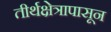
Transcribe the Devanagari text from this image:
तीर्थक्षेत्रापासून